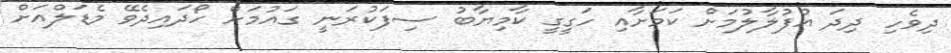
ދިވެހި ދިދަ އުފުލާލުމަށް ކަމަށާއި ހަގީގީ ކާމިޔާބު ސިފަކުރަނީ ގައުމަށް ހޯދައިދެވޭ މެޑަލްއަށް